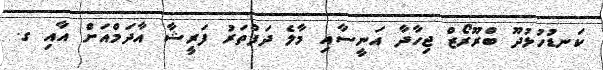
ކަނޑުހުޅުދޫ ބްރޫރޯޒް ޖިހާދާ އަނީސާއި މާލެ ދަފްތަރު ފަރީޝާ އާދަމްއަށް އާއި ގ.